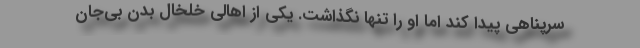
سرپناهی پیدا کند اما او را تنها نگذاشت. یکی از اهالی خلخال بدن بی‌جان